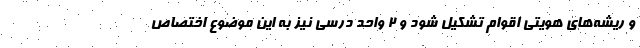
و ریشه‌های هویتی اقوام تشکیل شود و ۲ واحد درسی نیز به این موضوع اختصاص